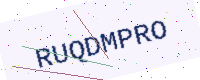
Text: RUQDMPRO